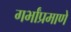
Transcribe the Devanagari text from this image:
गर्भांप्रमाणे